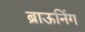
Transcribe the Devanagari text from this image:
ब्राऊनिंग